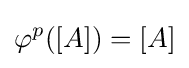
\varphi ^{p}([A])=[A]